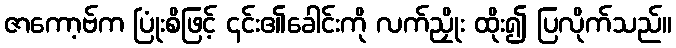
ဇာကော့ဗ်က ပြုံးစိဖြင့် ၎င်း၏ခေါင်းကို လက်ညှိုး ထိုး၍ ပြလိုက်သည်။